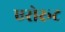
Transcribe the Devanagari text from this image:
एरोरूट